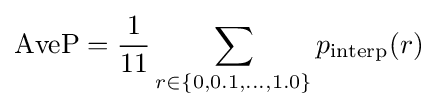
\operatorname {AveP} ={\frac {1}{11}}\sum _{r\in \{0,0.1,\ldots ,1.0\}}p_{\operatorname {interp} }(r)